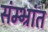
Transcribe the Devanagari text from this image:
संम्भ्रांत